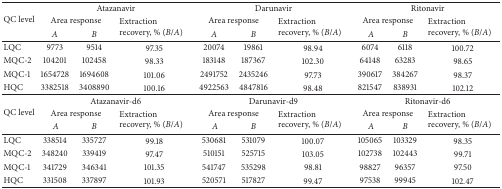
<table><thead><tr><td rowspan="3"><b>QC level</b></td><td colspan="3"><b>Atazanavir</b></td><td colspan="3"><b>Darunavir</b></td><td colspan="3"><b>Ritonavir</b></td></tr><tr><td colspan="2"><b>Area response</b></td><td rowspan="2"><b>Extraction recovery, % (<i>B</i>/<i>A</i>)</b></td><td colspan="2"><b>Area response</b></td><td rowspan="2"><b>Extraction recovery, % (<i>B</i>/<i>A</i>)</b></td><td colspan="2"><b>Area response</b></td><td rowspan="2"><b>Extraction recovery, % (<i>B</i>/<i>A</i>)</b></td></tr><tr><td><b><i>A </i></b></td><td><b><i>B </i></b></td><td><b><i>A </i></b></td><td><b><i>B </i></b></td><td><b><i> A </i></b></td><td><b><i>B </i></b></td></tr></thead><tbody><tr><td>LQC</td><td>9773</td><td>9514</td><td>97.35</td><td>20074</td><td>19861</td><td>98.94</td><td>6074</td><td>6118</td><td>100.72</td></tr><tr><td>MQC-2</td><td>104201</td><td>102458</td><td>98.33</td><td>183148</td><td>187367</td><td>102.30</td><td>64148</td><td>63283</td><td>98.65</td></tr><tr><td>MQC-1</td><td>1654728</td><td>1694608</td><td>101.06</td><td>2491752</td><td>2435246</td><td>97.73</td><td>390617</td><td>384267</td><td>98.37</td></tr><tr><td>HQC</td><td>3382518</td><td>3408890</td><td>100.16</td><td>4922563</td><td>4847816</td><td>98.48</td><td>821547</td><td>838931</td><td>102.12</td></tr><tr><td rowspan="3">QC level</td><td colspan="3">Atazanavir-d6</td><td colspan="3">Darunavir-d9</td><td colspan="3">Ritonavir-d6</td></tr><tr><td colspan="2">Area response</td><td rowspan="2">Extraction recovery, % (<i>B</i>/<i>A</i>)</td><td colspan="2">Area response</td><td rowspan="2">Extraction recovery, % (<i>B</i>/<i>A</i>)</td><td colspan="2">Area response</td><td rowspan="2">Extraction recovery, % (<i>B</i>/<i>A</i>)</td></tr><tr><td><i> A </i></td><td><i>B </i></td><td><i> A </i></td><td><i>B </i></td><td><i> A </i></td><td><i>B </i></td></tr><tr><td>LQC</td><td>338514</td><td>335727</td><td>99.18</td><td>530681</td><td>531079</td><td>100.07</td><td>105065</td><td>103329</td><td>98.35</td></tr><tr><td>MQC-2</td><td>348240</td><td>339419</td><td>97.47</td><td>510151</td><td>525715</td><td>103.05</td><td>102738</td><td>102443</td><td>99.71</td></tr><tr><td>MQC-1</td><td>341729</td><td>346341</td><td>101.35</td><td>541747</td><td>535298</td><td>98.81</td><td>98827</td><td>96357</td><td>97.50</td></tr><tr><td>HQC</td><td>331508</td><td>337897</td><td>101.93</td><td>520571</td><td>517827</td><td>99.47</td><td>97538</td><td>99945</td><td>102.47</td></tr></tbody></table>